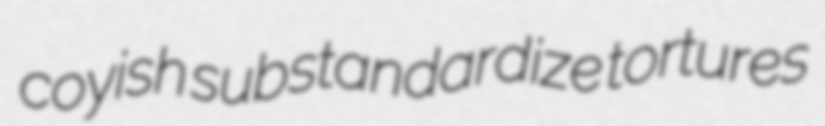
coyish substandardize tortures